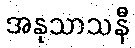
အနုသာသနီ